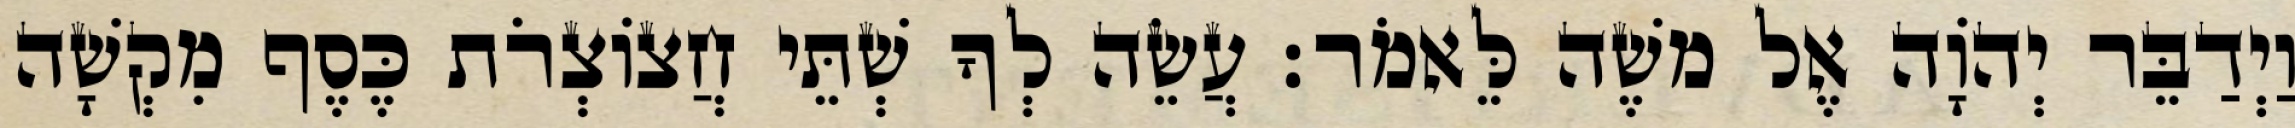
וַיְדַבֵּר יְהוָֹה אֶל משֶׁה לֵּאמֹר׃ עֲשֵׂה לְךָ שְׁתֵּי חֲצוֹצְרֹת כֶּסֶף מִקְשָׁה